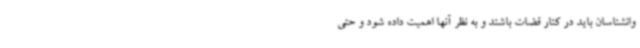
وانشناسان باید در کنار قضات باشند و به نظر آنها اهمیت داده شود و حتی